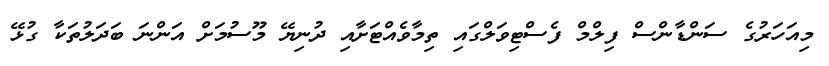
މިއަހަރުގެ ސަންޑާންސް ފިލްމް ފެސްޓިވަލްގައި ތިމާވެއްޓަށާއި ދުނިޔޭ މޫސުމަށް އަންނަ ބަދަލުތަކާ ގުޅޭ